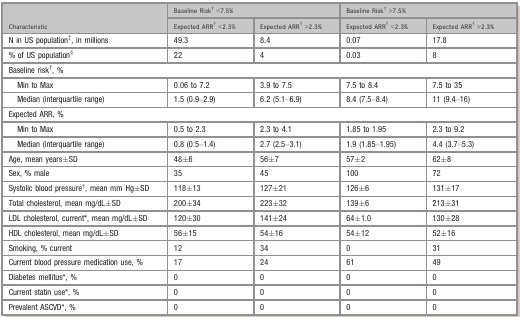
<table><thead><tr><td rowspan="2"><b>Characteristic</b></td><td colspan="2"><b>Baseline Riskb &lt;7.5%</b></td><td colspan="2"><b>Baseline Riskb &gt;7.5%</b></td></tr><tr><td><b>Expected ARRb &lt;2.3%</b></td><td><b>Expected ARRb &gt;2.3%</b></td><td><b>Expected ARRb &lt;2.3%</b></td><td><b>Expected ARRb &gt;2.3%</b></td></tr></thead><tbody><tr><td>N in US populationc, in millions</td><td>49.3</td><td>8.4</td><td>0.07</td><td>17.8</td></tr><tr><td>% of US populationd</td><td>22</td><td>4</td><td>0.03</td><td>8</td></tr><tr><td colspan="5">Baseline riskb, %</td></tr><tr><td>Min to Max</td><td>0.06 to 7.2</td><td>3.9 to 7.5</td><td>7.5 to 8.4</td><td>7.5 to 35</td></tr><tr><td>Median (interquartile range)</td><td>1.5 (0.9–2.9)</td><td>6.2 (5.1–6.9)</td><td>8.4 (7.5–8.4)</td><td>11 (9.4–16)</td></tr><tr><td colspan="5">Expected ARR, %</td></tr><tr><td>Min to Max</td><td>0.5 to 2.3</td><td>2.3 to 4.1</td><td>1.85 to 1.95</td><td>2.3 to 9.2</td></tr><tr><td>Median (interquartile range)</td><td>0.8 (0.5–1.4)</td><td>2.7 (2.5–3.1)</td><td>1.9 (1.85–1.95)</td><td>4.4 (3.7–5.3)</td></tr><tr><td>Age, mean years±SD</td><td>48±6</td><td>56±7</td><td>57±2</td><td>62±8</td></tr><tr><td>Sex, % male</td><td>35</td><td>45</td><td>100</td><td>72</td></tr><tr><td>Systolic blood pressureb, mean mm Hg±SD</td><td>118±13</td><td>127±21</td><td>126±6</td><td>131±17</td></tr><tr><td>Total cholesterol, mean mg/dL±SD</td><td>200±34</td><td>223±32</td><td>139±6</td><td>213±31</td></tr><tr><td>LDL cholesterol, currenta, mean mg/dL±SD</td><td>120±30</td><td>141±24</td><td>64±1.0</td><td>130±28</td></tr><tr><td>HDL cholesterol, mean mg/dL±SD</td><td>56±15</td><td>54±16</td><td>54±12</td><td>52±16</td></tr><tr><td>Smoking, % current</td><td>12</td><td>34</td><td>0</td><td>31</td></tr><tr><td>Current blood pressure medication use, %</td><td>17</td><td>24</td><td>61</td><td>49</td></tr><tr><td>Diabetes mellitusa, %</td><td>0</td><td>0</td><td>0</td><td>0</td></tr><tr><td>Current statin usea, %</td><td>0</td><td>0</td><td>0</td><td>0</td></tr><tr><td>Prevalent ASCVDa, %</td><td>0</td><td>0</td><td>0</td><td>0</td></tr></tbody></table>